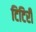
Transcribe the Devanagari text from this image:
टिटिरी